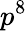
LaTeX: p^{8}